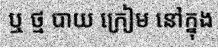
ឬ ថ្ម បាយ ក្រៀម នៅក្នុង